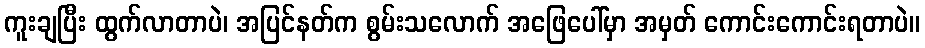
ကူးချပြီး ထွက်လာတာပဲ၊ အပြင်နတ်က စွမ်းသလောက် အဖြေပေါ်မှာ အမှတ် ကောင်းကောင်းရတာပဲ။